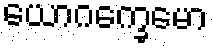
ယောဂက္ခေမော